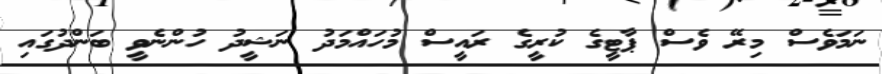
ނަމަވެސް މިރޭ ވެސް ޕާޓީގެ ކުރީގެ ރައީސް މުހައްމަދު ނަޝީދު ހުންނެވީ ބަންދުގައި